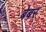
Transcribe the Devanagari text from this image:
बेबर